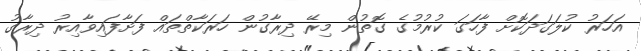
އަހަރު ކުލަގަދަކޮށް ފާހަގަ ކުރުމުގެ ގޮތުން މިރޭ ދިރާގުން ހަރަކާތްތައް ފަށާފައިވާއިރު ދިރާގު